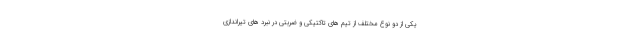
یکی از دو نوع مختلف از تیم های تاکتیکی و ضربتی در نبرد های تیراندازی